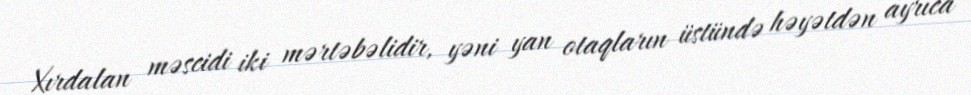
Xırdalan məscidi iki mərtəbəlidir, yəni yan otaqların üstündə həyətdən ayrıca